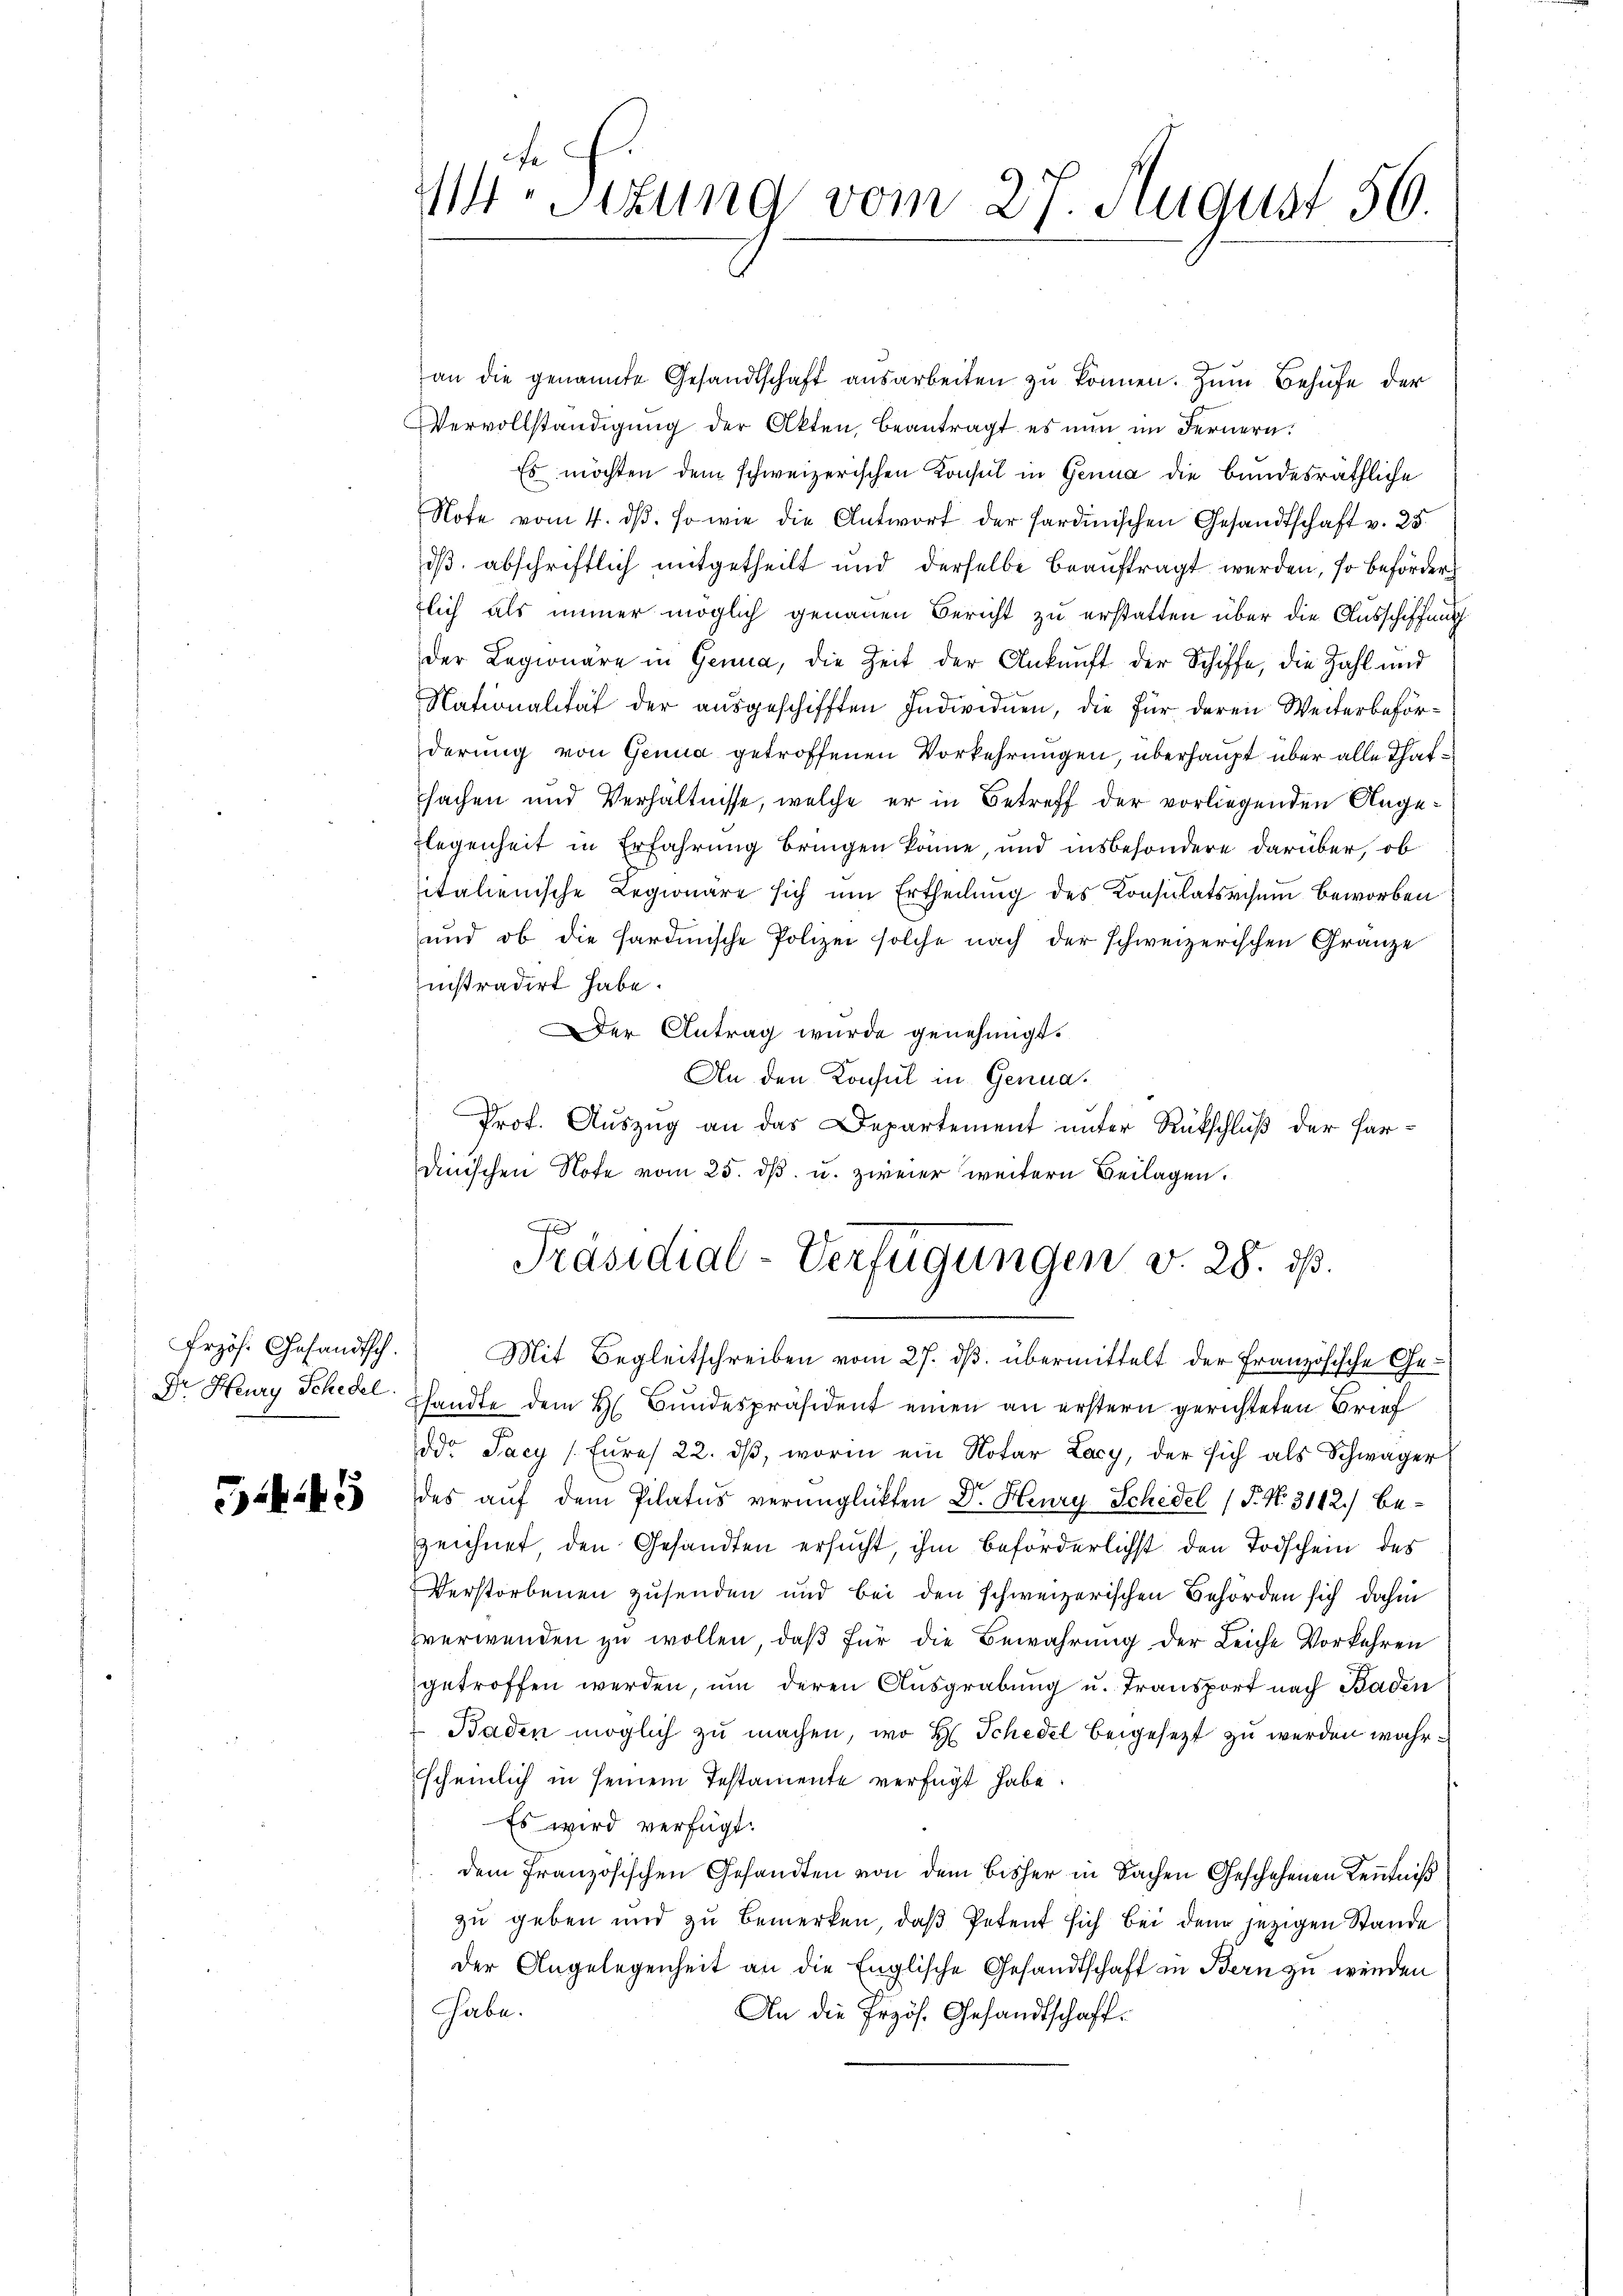
Erzös. Gesandtsch.
Dr. Heury Schedel

345

414. Sitzung vom 27. August 56.

an die genannte Gesandtschaft ausarbeiten zu können. Zum Behufe der
Vervollständigung der Akten, beantragt es nun im Fernern:
Es möchten dem schweizerischen Konsul in Genua die bundesräthliche
Note vom 4. dβ. so wie die Antwort der sardinischen Gesandtschaft v. 25.
oß, abschriftlich mitgetheilt und derselbe beauftragt werden, so beförder
tlich als immer möglich genauen Bericht zu erstatten über die Ausschiffung
der Legionäre in Genua, die Zeit der Ankunft der Schiffe, die Zahl und
Nationalität der ausgeschifften Individuen, die für deren Weiterbeförderung von Genua getroffenen Vorkehrungen, überhaupt über alle Thatfachen und Verhältnisse, welche er in Betreff der vorliegenden Angelegenheit in Erfahrung bringen könne, und insbesondere darüber, ob
italienische Regionare sich um Ertheilung des Konsulatsresum beworben
und ob die Hardinische Polizei solche nach der schweizerischen Gränze
instradirt habe.
er Antrag wurde genehmigt.
An den Konsul in Genua¬
¬
Prof. Auszug an das Departement unter Rückschluß der Hardinischen Note vom 25. dβ. u. zweier weitern Beilagen.
x
Präsidial-Verfügungen d. 28. ds.
Mit Begleitschreiben vom 27. ds. übermittelt der Französische Gesandte dem H. Bundespräsident einen an erstern gerichteten Brief
ddr Jacy / Eures 22. dβ, worin ein Notar Lacy, der sich als Schwager
des auf dem Pilatus verunglückten Dr. Henry Schedel (T. No. 3142) bezeichnet den Gesandten ersucht, ihm beförderlichst den Todschein des
Verstorbenen zusenden und bei den schweizerischen Behörden sich dahin
verwenden zu wollen, daß für die Bewahrung der Leiche Vorkehren
getroffen werden, um deren Ausgrabung u. Transport nach Baden
Baden möglich zu machen, wo H. Schedel beigesetzt zu werden wahr
scheinlich in seinem Testamente verfügt habe.
Es wird verfügt:
dem französischen Gesandten von dem bisher in Sachen Geschehenen Kenntniß
zu geben und zu bemerken, daß Petent sich bei dem jezigen Stande
der Angelegenheit an die Englische Gesandtschaft in Bern zu werden
habe.
An die Erzös. Gesandtschaft.